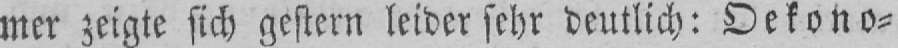
mer zeigte sich gestern leider sehr deutlich: Oekono⸗